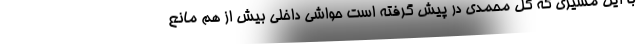
با این مسیری که گل محمدی در پیش گرفته است حواشی داخلی بیش از هم مانع